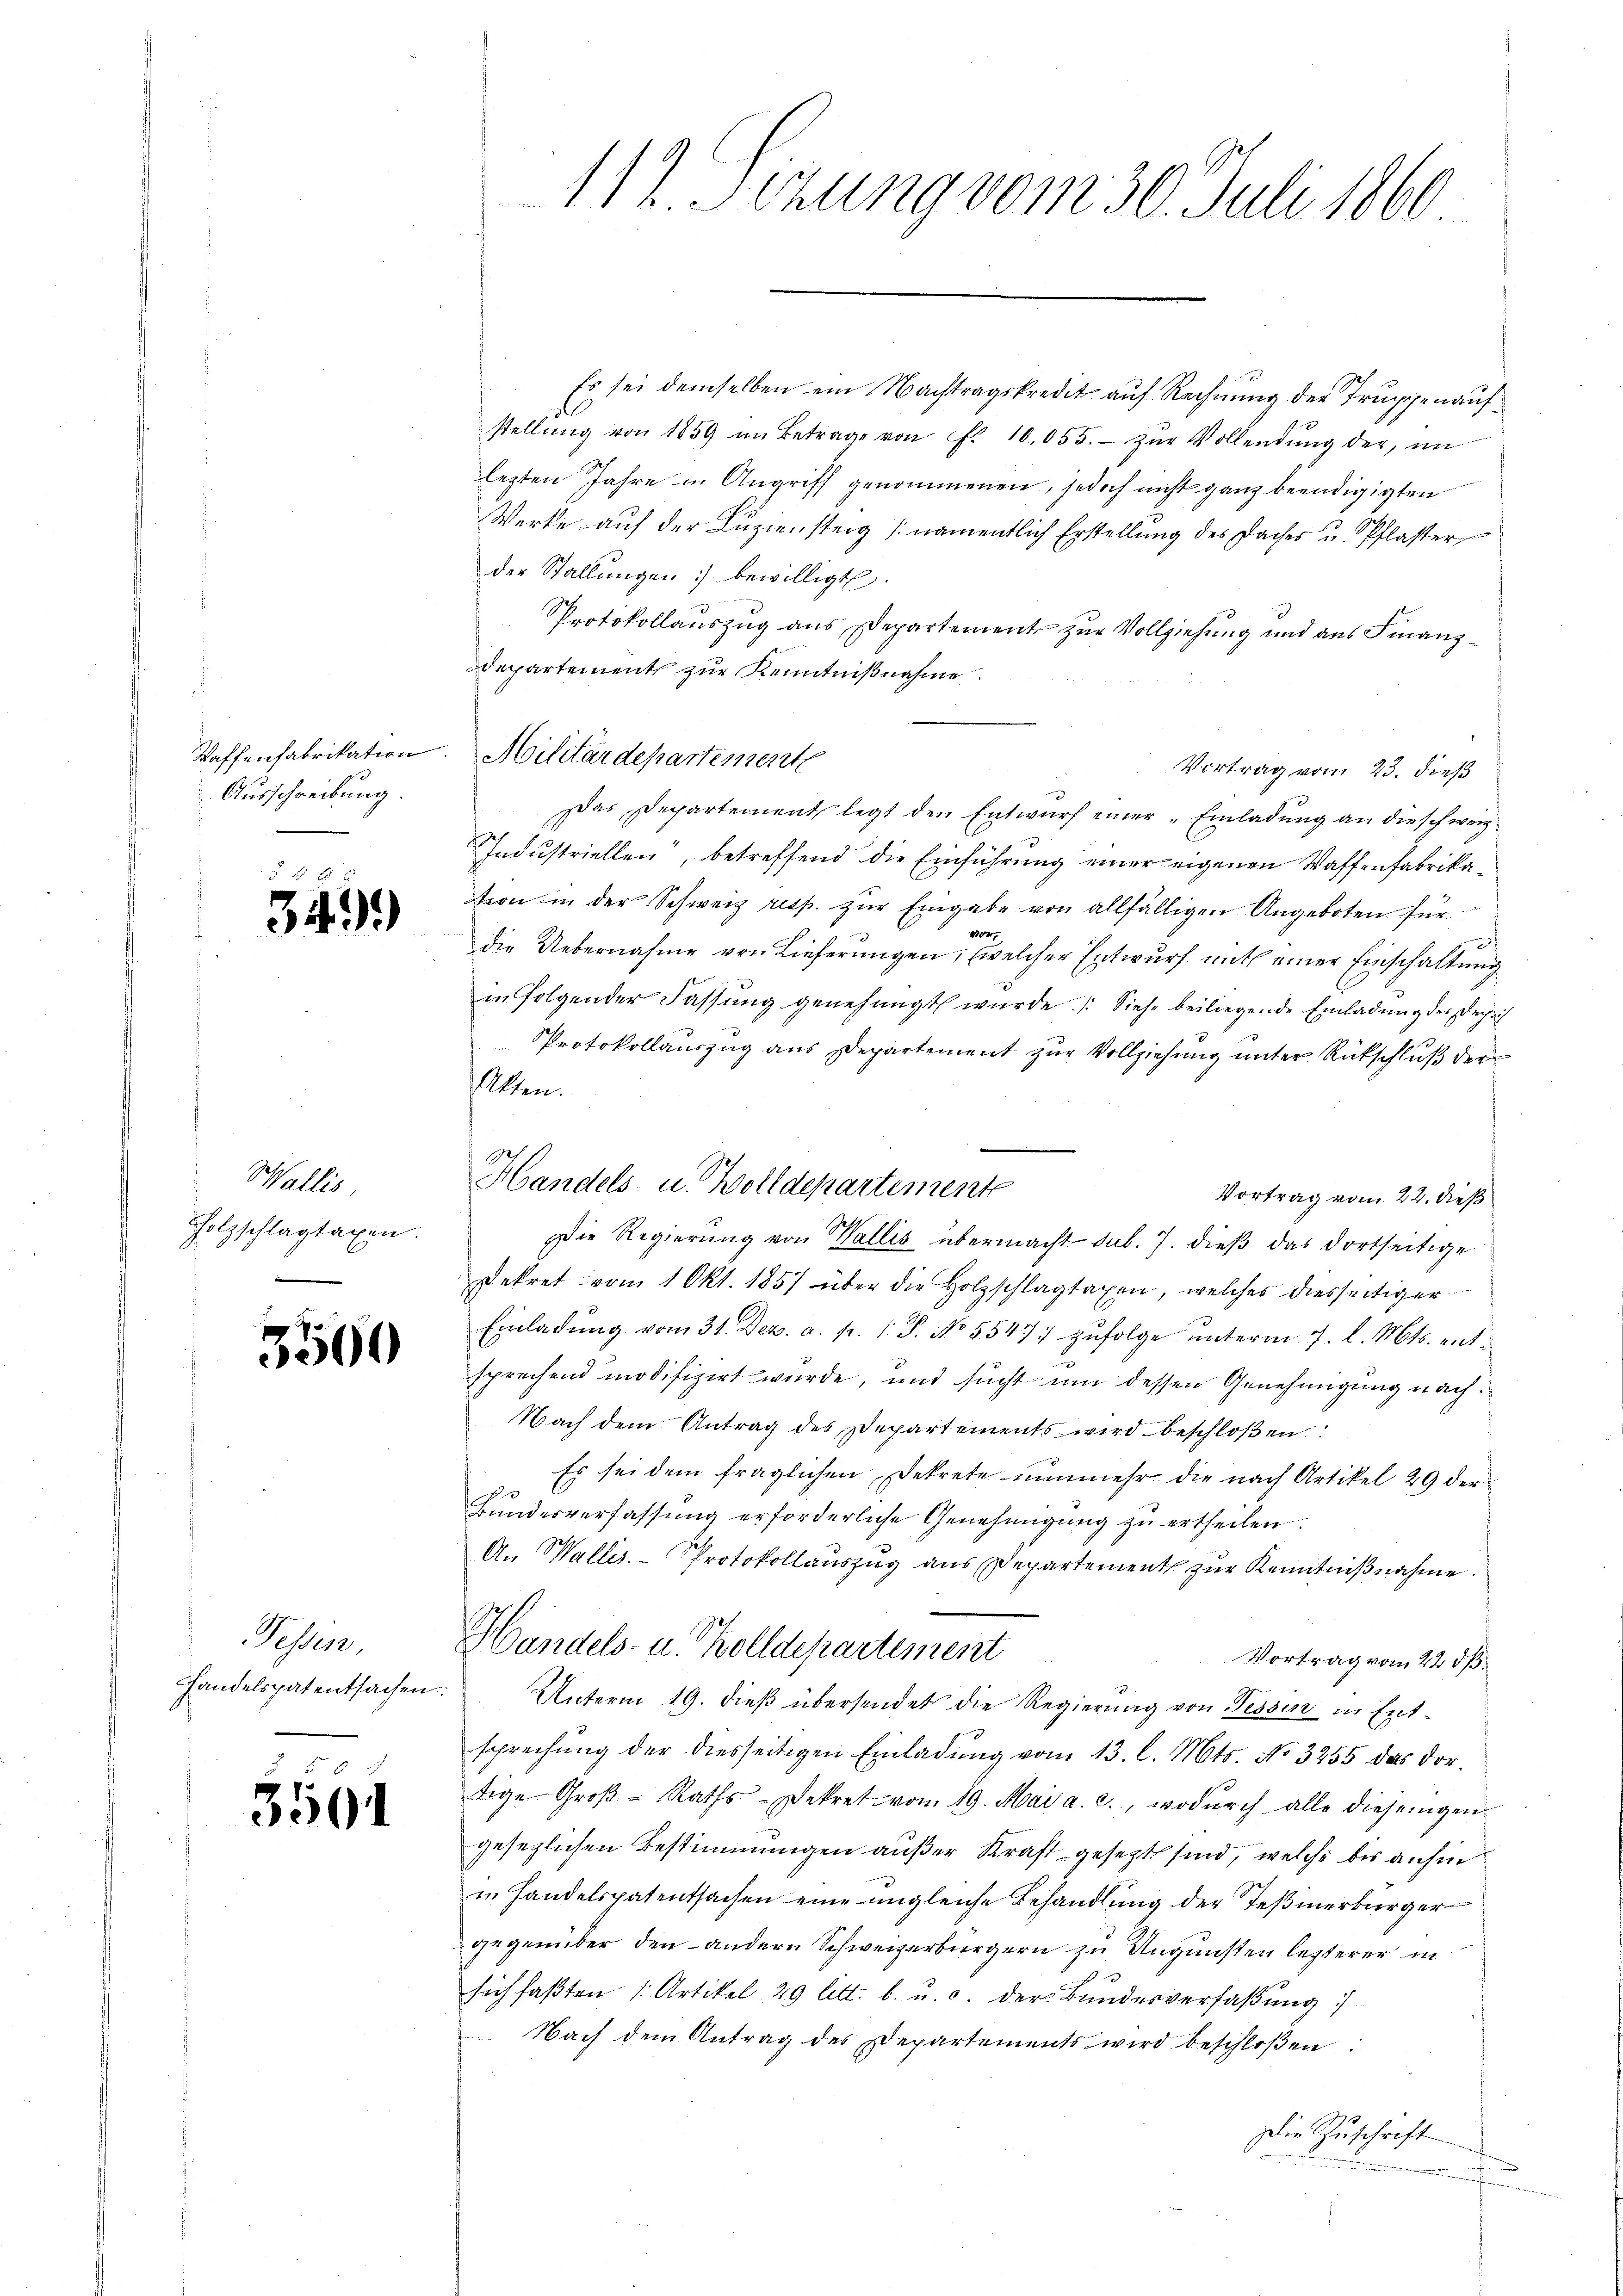
Ausschreibung

349.

Wallis
Holzschlagtaxen.
.

3500

Bessen,
Handelspatentsachen.

3501

112. Sizung vom 30. Juli 1860

Es sei demselben ein Nachtragskredit auf Rechnung der Truppenaufstellŭng von 1859 im Betrage von Fr. 10,055.- zŭr Vollendŭng der im
lezten Jahre in Angriff genommenen, jedoch nicht ganz beendigigten
Werke auf der Luziensteig (namentlich Erstellung des Daches u. Pflaster,
der Stallungen :/ bewilligt.
Protokollauszug aus Departement zur Vollziehung und aus Finanz¬
Departement zur Kenntnißnahme
Vortrag vom 23. dieß
Das Departement legt den Entwurf einer „Einladung an dieschwei¬
Industriellen“, betreffend die Einführung einer eigenen Waffenfabrikation in der Schweiz resp. zur Eingabe von allfälligen Angeboten für
102
die Uebernahme von Lieferungen, welcher Entwurf mit einer Einschaltung
in folgender Fassung genehmigt wurde. Siehe beiliegende Einladung der Decha
Protokollauszug aus Departement zur Vollziehung unter Rückschluß der
Akten.
Vortrag vom 22. dieß
Die Regierŭng von Wallis übermacht sub. 7. dieβ das dortseitige
Dekret vom 1 Okt. 1857 über die Holzschlagtaxen, welches diesseitiger
Einladŭng vom 31. Dez. a. p. 1. J. No 5547; zŭfolge unterm 7. l. Mts. entsprechend modifizirt wurde, und sucht um dessen Genehmigung nach¬
Nach dem Antrag des Departements wird beschloßen:
Es sei dem fraglichen Dekrete nunmehr die nach Artikel 29 der
2
Bundesverfassung erforderliche Genehmigung zu ertheilen.
An Wallis. Protokollauszug aus Departement zur Kenntnißnahme
.
Handels- u. Zolldepartement
Vortrag vom 22 dß.
Unterm 19. dieß übersendet die Regierung von Tessin in Entsprechung der diesseitigen Einladung vom 13. l. Mts. No 3255 das dortige Groβ- Raths-Dekret vom 19. Mai a. c., wodurch alle diesengen
gesezlichen Bestimmungen außer Kraft gesezt sind, welche bis anhin
in Handelspatentsachen eine imgleiche Behandlung der Teßmerbürger
gegenüber den andern Schweizerbürgern zu Ungunsten letzterer in
sich faßten 1. Artikel 29 litt. b. u. c. der Bundesverfaßung
Nach dem Antrag des Departements wird beschloßen
Die Zuschrift

Waffenfabrikation. Militärdepartemente

Gef
Handels- u. Wolldepartemente